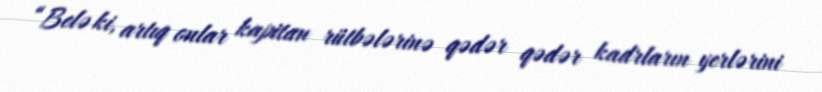
“Belə ki, artıq onlar kapitan rütbələrinə qədər qədər kadrların yerlərini